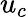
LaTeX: u_{c}